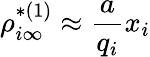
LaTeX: \rho_{i\infty}^{*(1)}\approx\frac{a}{q_{i}}x_{i}